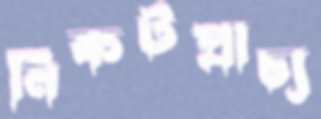
নিকটপ্রাচ্য